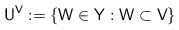
\begin{align*} \mathsf U^{\mathsf V} := \{ \mathsf W \in \mathsf Y : \mathsf W \subset \mathsf V\} \end{align*}